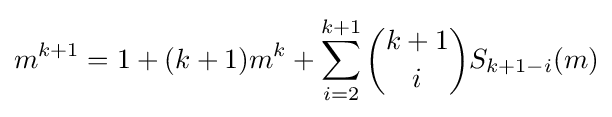
m^{k+1}=1+(k+1)m^{k}+\sum _{i=2}^{k+1}{\binom {k+1}{i}}S_{k+1-i}(m)